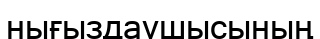
нығыздаушысының